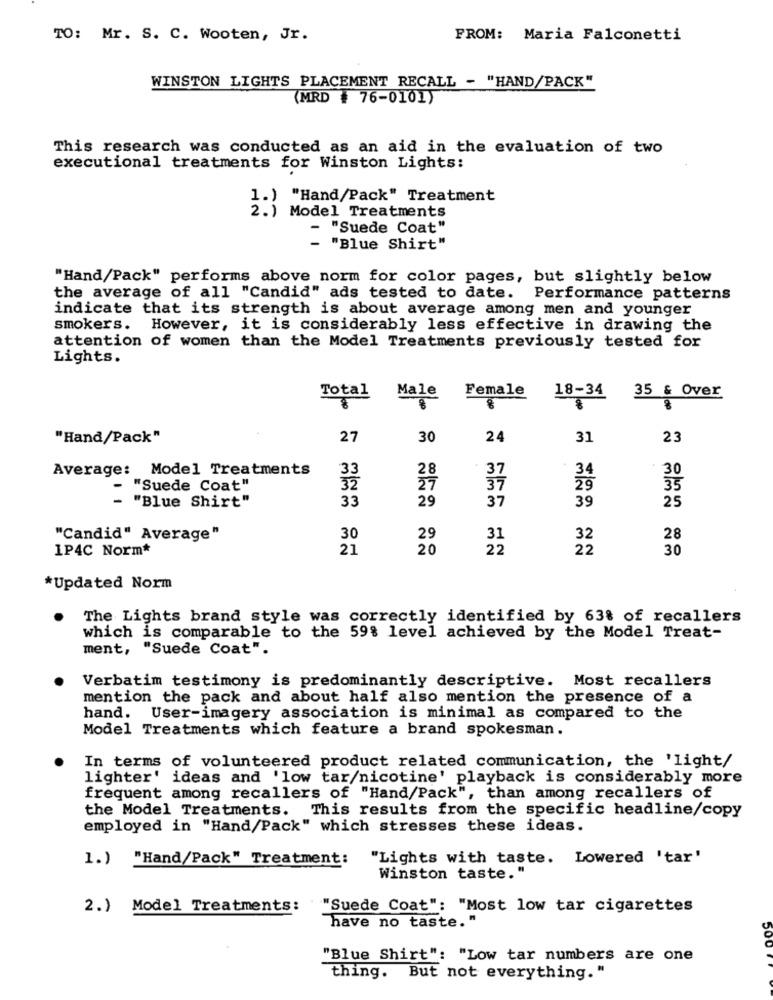
TO: Mr. S. C. Wooten, Jr.
FROM: Maria Falconetti
WINSTON LIGHTS PLACEMENT RECALL - "HAND/PACK"
(MRD # 76-0101)
This research was conducted as an aid in the evaluation of two
executional treatments for Winston Lights:
1.) "Hand/Pack" Treatment
2.) Model Treatments
"Suede Coat"
- "Blue Shirt"
"Hand/Pack" performs above norm for color pages, but slightly below
the average of all "Candid" ads tested to date. Performance patterns
indicate that its strength is about average among men and younger
smokers. However, it is considerably less effective in drawing the
attention of women than the Model Treatments previously tested for
Lights.
Female
Total
Male
18-34
35 & Over
"Hand/Pack"
27
30
24
31
23
Average: Model Treatments
33
37
34
30
"Suede Coat"
32
37
29
35
-
"Blue Shirt"
33
29
37
39
25
"Candid" Average"
30
29
31
32
28
1P4C Norm*
21
20
22
22
30
*Updated Norm
The Lights brand style was correctly identified by 63% of recallers
which is comparable to the 59% level achieved by the Model Treat-
ment, "Suede Coat".
Verbatim testimony is predominantly descriptive. Most recallers
mention the pack and about half also mention the presence of a
hand. User-imagery association is minimal as compared to the
Model Treatments which feature a brand spokesman.
In terms of volunteered product related communication, the 'light/
lighter' ideas and 'low tar/nicotine' playback is considerably more
frequent among recallers of "Hand/Pack", than among recallers of
the Model Treatments. This results from the specific headline/copy
employed in "Hand/Pack" which stresses these ideas.
1.) "Hand/Pack" Treatment:
"Lights with taste. Lowered 'tar'
Winston taste."
2.) Model Treatments: "Suede Coat": "Most low tar cigarettes
have no taste."
"Blue Shirt": "Low tar numbers are one
thing. But not everything. "